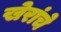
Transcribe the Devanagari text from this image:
खेरांचे